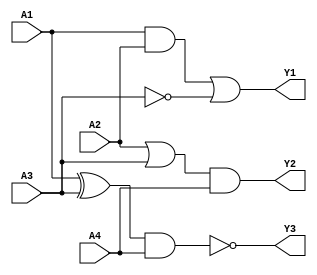
module combinational_logic_blocks (
    input wire A1,
    input wire A2,
    input wire A3,
    input wire A4,
    output wire Y1,
    output wire Y2,
    output wire Y3
);
    // Group 1: Inputs A1, A2, A3
    // Logic function: Y1 = (A1 AND A2) OR (NOT A3)
    wire G1_A1_A2, G1_NOT_A3;
    
    assign G1_A1_A2 = A1 & A2;    // A1 AND A2
    assign G1_NOT_A3 = ~A3;       // NOT A3
    assign Y1 = G1_A1_A2 | G1_NOT_A3; // Output for Group 1

    // Group 2: Inputs A2, A3, A4
    // Logic function: Y2 = (A2 OR A3) AND A4
    wire G2_A2_A3;
    
    assign G2_A2_A3 = A2 | A3;    // A2 OR A3
    assign Y2 = G2_A2_A3 & A4;     // Output for Group 2

    // Group 3: Inputs A1, A3, A4
    // Logic function: Y3 = (A1 XOR A3) NAND A4
    wire G3_XOR_A1_A3;
    
    assign G3_XOR_A1_A3 = A1 ^ A3; // A1 XOR A3
    assign Y3 = ~(G3_XOR_A1_A3 & A4); // Output for Group 3 (NAND operation)

endmodule